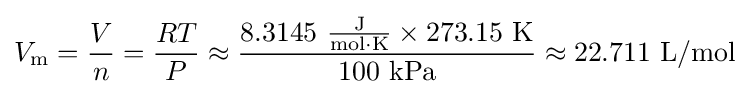
V_{\text{m}}={\frac {V}{n}}={\frac {RT}{P}}\approx {\frac {\mathrm {8.3145\ {\frac {J}{mol\cdot K}}\times 273.15\ K} }{\mathrm {100\ kPa} }}\approx \mathrm {22.711\ L/mol}